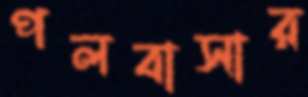
পলবাসার